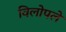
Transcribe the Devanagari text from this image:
विलोपले